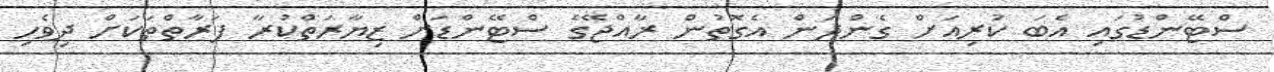
ސްޓޭންޑުގައި އެބަ ކުރިއަށް ގެންދަން އެގޮތުން ރާއްޖޭގެ ސްޓޭންޑަށް ޒިޔާރަތްކުރާ ފަރާތްތަކަށް ދިވެހި